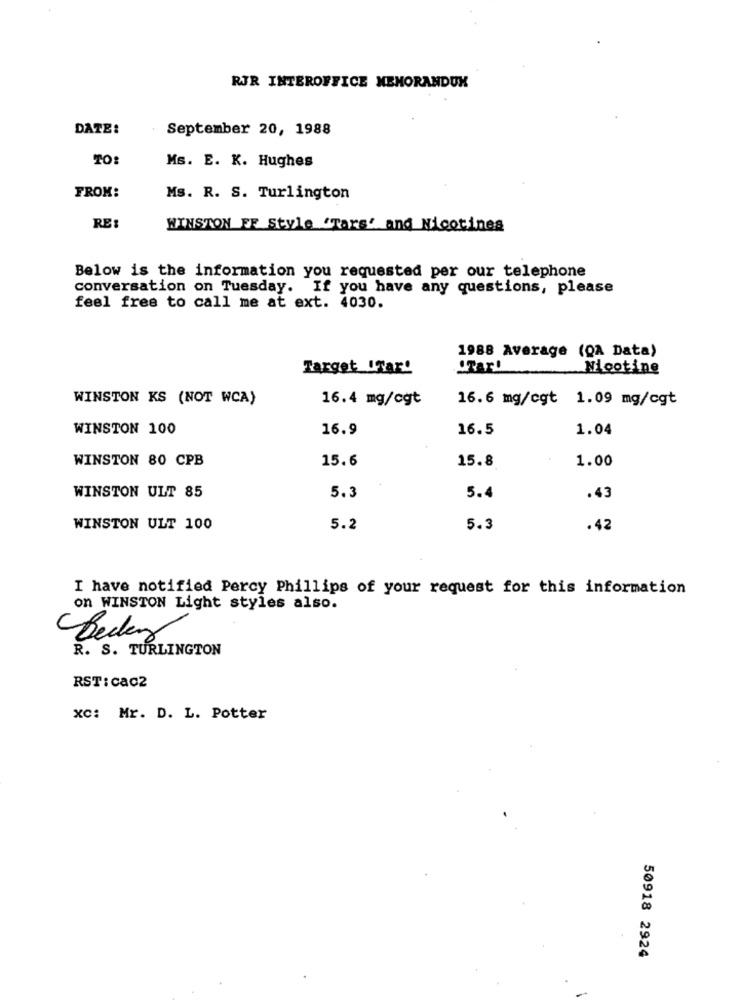
RJR INTEROFFICE MEMORANDUM
DATE:
September 20, 1988
TO:
Ms. E. K. Hughes
FROM:
Ms. R. S. Turlington
RE:
WINSTON FF Style "Tars' and Nicotines
Below is the information you requested per our telephone
conversation on Tuesday. If you have any questions, please
feel free to call me at ext. 4030.
1988 Average (QA Data)
Target Mar'
"Tar!
Nicotine
WINSTON KS (NOT WCA)
16.4 mg/cgt
16.6 mg/cgt 1.09 mg/cgt
WINSTON 100
16.9
16.5
1.04
WINSTON 80 CPB
15.6
15.8
1.00
WINSTON ULT 85
5.3
5.4
.43
WINSTON ULT 100
5.2
5.3
.42
I have notified Percy Phillips of your request for this information
on WINSTON Light styles also.
Beclay
R. S. TURLINGTON
RST: cac2
xc: Mr. D. L. Potter
50918 2924